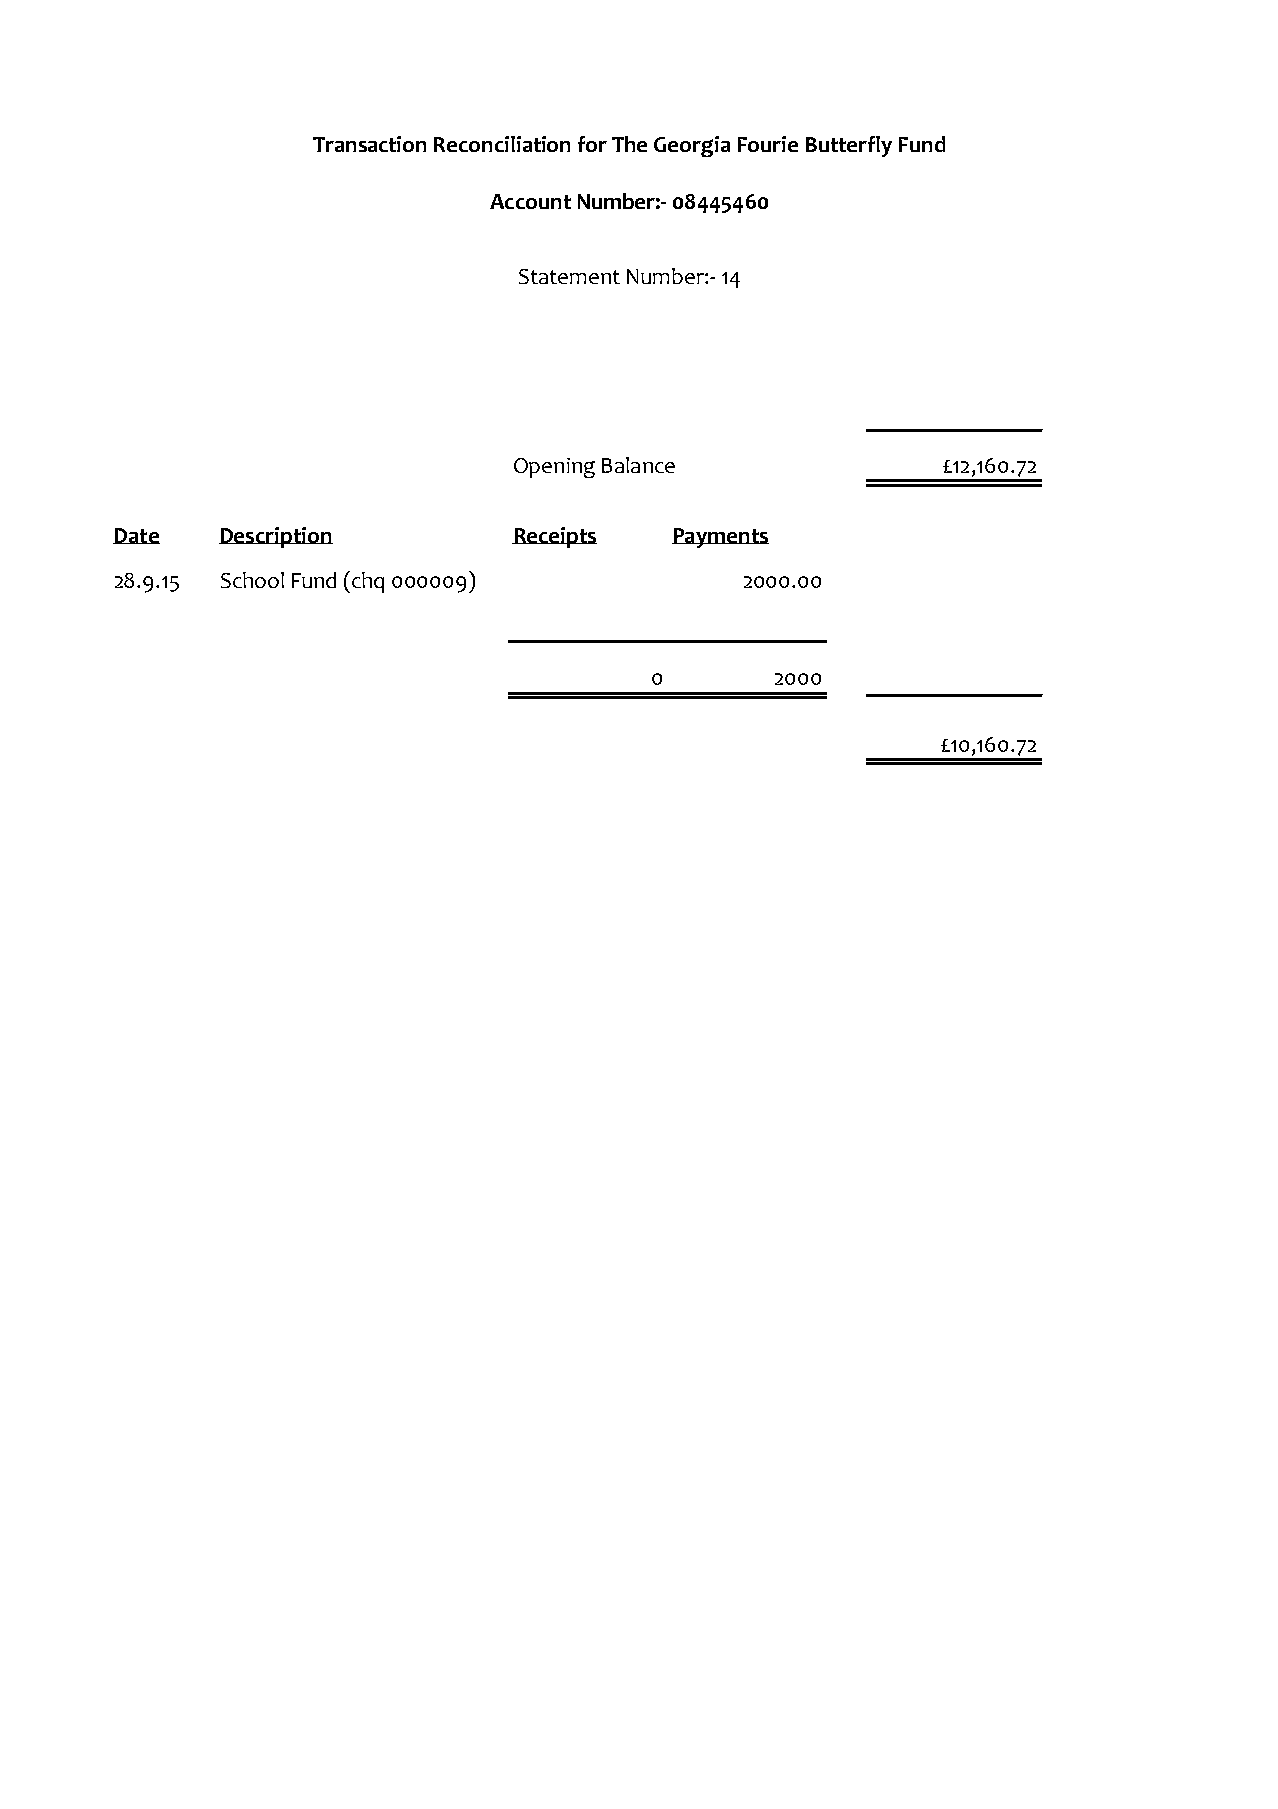
Transaction Reconciliation for The Georgia Fourie Butterfly Fund
 Account Number:- 08445460
 Statement Number:- 14
 Opening Balance             £12,160.72
 Date   Description        Receipts  Payments
 28.9.15 School Fund (chq 000009)         2000.00
 0       2000
 £10,160.72